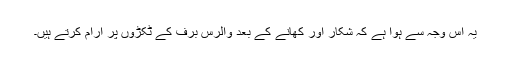
یہ اس وجہ سے ہوا ہے کہ شکار اور کھانے کے بعد والرس برف کے ٹکڑوں پر آرام کرتے ہیں۔